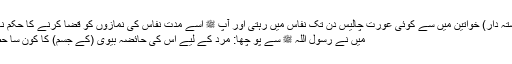
نبی ﷺ کی (رشتہ دار) خواتین میں سے کوئی عورت چالیس دن تک نفاس میں رہتی اور آپ ﷺ اسے مدتِ نفاس کی نمازوں کو قضا کرنے کا حکم نہیں دیتے تھے
میں نے رسول اللہ ﷺ سے پو چھا: مرد کے لیے اس کی حائضہ بیوی (کے جسم) کا کون سا حصہ حلال ہے؟